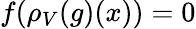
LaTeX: f(\rho_{V}(g)(x))=0